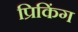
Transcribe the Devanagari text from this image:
प्रिकिंग